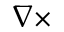
\nabla \times